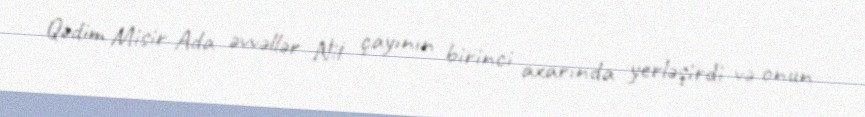
Qədim Misir Ada əvvəllər Nil çayının birinci axarında yerləşirdi və onun